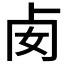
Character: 𠧜